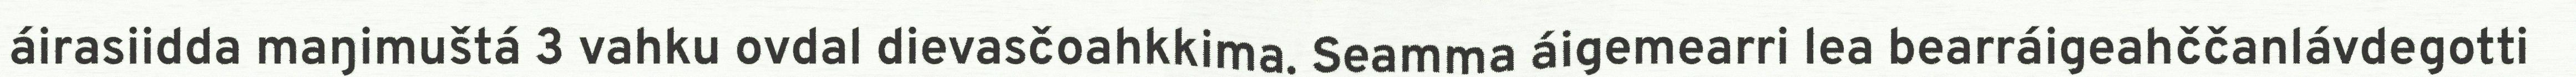
áirasiidda maŋimuštá 3 vahku ovdal dievasčoahkkima. Seamma áigemearri lea bearráigeahččanlávdegotti